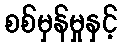
စစ်မှန်မှုနှင့်